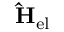
\mathrm { \bf \hat { H } } _ { \mathrm { e l } }